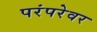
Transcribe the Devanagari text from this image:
परंपरेवर